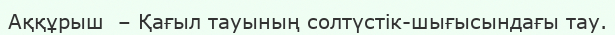
Аққұрыш  – Қағыл тауының солтүстік-шығысындағы тау.